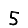
Digit: 5